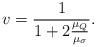
LaTeX: \begin{align*}v = \frac{1}{1 + 2 \frac{\mu_Q}{\mu_{\sigma}}}.\end{align*}